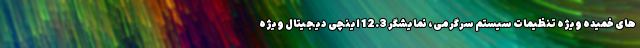
های خمیده ویژه تنظیمات سیستم سرگرمی، نمایشگر 12.3 اینچی دیجیتال ویژه